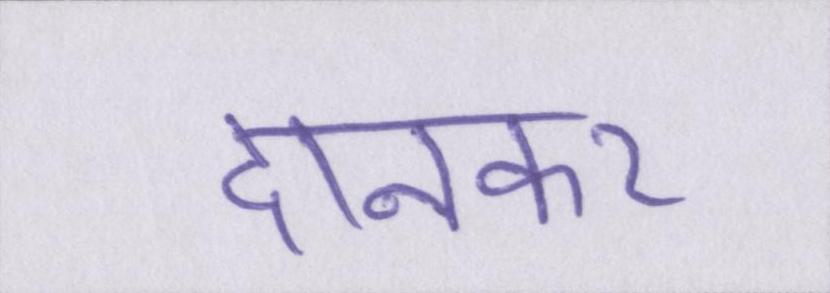
दानकर